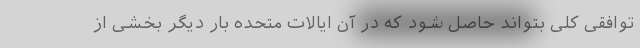
توافقی کلی بتواند حاصل شود که در آن ایالات متحده بار دیگر بخشی از